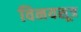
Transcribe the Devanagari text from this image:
विनयसूत्र